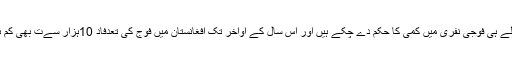
لیکن صدر پہلے ہی فوجی نفری میں کمی کا حکم دے چکے ہیں اور اس سال کے اواخر تک افغانستان میں فوج کی تعدفاد 10ہزار سےت بھی کم ہو جائے گی ۔